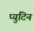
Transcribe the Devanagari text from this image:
प्युटिन